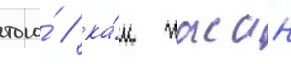
того́ / ка́к хасан